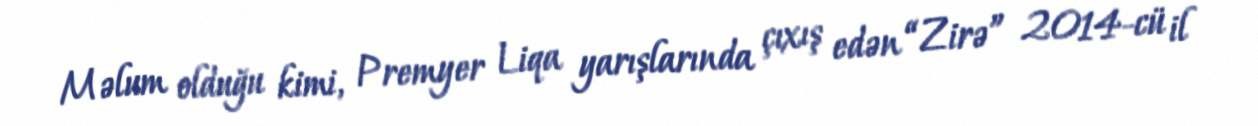
Məlum olduğu kimi, Premyer Liqa yarışlarında çıxış edən “Zirə” 2014-cü il